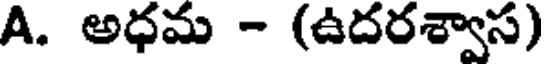
A. అధమ - (ఉదరశ్వాస)